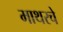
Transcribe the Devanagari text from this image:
माथरचे